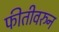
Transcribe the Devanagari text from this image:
फीतीवरुन